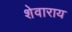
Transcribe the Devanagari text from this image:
शेवाराय